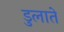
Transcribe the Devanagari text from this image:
डुलाते